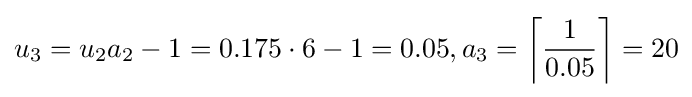
u_{3}=u_{2}a_{2}-1=0.175\cdot 6-1=0.05,a_{3}=\left\lceil {\frac {1}{0.05}}\right\rceil =20